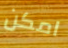
امكن